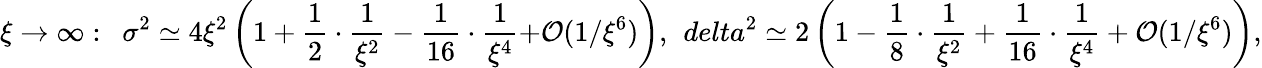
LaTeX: \xi\rightarrow\infty:\ \ \sigma^{2}\simeq 4\xi^{2}\left(1+\frac{1}{2}\cdot\frac{1}{\xi^{2}}-\frac{1}{16}\cdot\frac{1}{\xi^{4}}{+\cal O}(1/\xi^{6})\right),\ \, delta^{2}\simeq 2\left(1-\frac{1}{8}\cdot\frac{1}{\xi^{2}}+\frac{1}{16}\cdot\frac{1}{\xi^{4}}+{\cal O}(1/\xi^{6})\right),